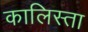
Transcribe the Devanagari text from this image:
कालिस्ता